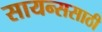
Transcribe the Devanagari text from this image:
सायन्ससाठी